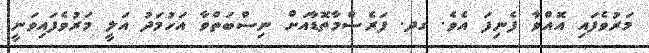
މަރުވެފައި އޮއްވާ ފެނިފަ އެވެ. ގދ. ފަރެސްމާތޮޑާއަށް ނިސްބަތްވާ އަހުމަދު އަލީ މަރުވެފައިވަނީ